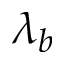
\lambda _ { b }